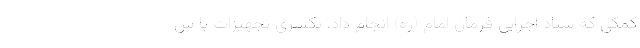
کمکی که ستاد اجرایی فرمان امام (ره) انجام داد، یکسری تجهیزات با س